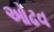
ઓઢવ